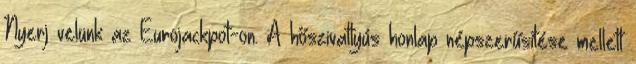
Nyerj velünk az Eurojackpot-on. A hőszivattyús honlap népszerűsítése mellett